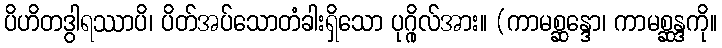
ပိဟိတဒွါရဿာပိ၊ ပိတ်အပ်သောတံခါးရှိသော ပုဂ္ဂိုလ်အား။ (ကာမစ္ဆန္ဒော၊ ကာမစ္ဆန္ဒကို။